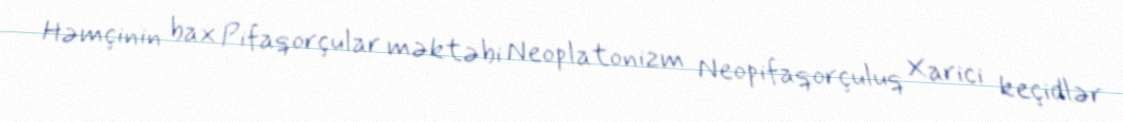
Həmçinin bax Pifaqorçular məktəbi Neoplatonizm Neopifaqorçuluq Xarici keçidlər